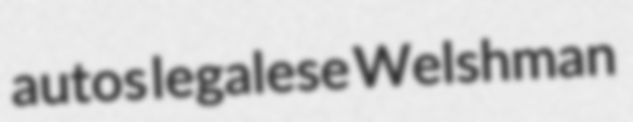
autos legalese Welshman